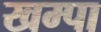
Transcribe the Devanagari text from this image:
खम्पा